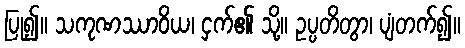
ပြု၍။ သကုဏဿာဝိယ၊ ငှက်၏ သို့။ ဥပ္ပတိတွာ၊ ပျံတက်၍။